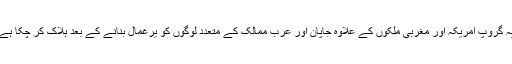
یہ گروپ امریکہ اور مغربی ملکوں کے علاوہ جاپان اور عرب ممالک کے متعدد لوگوں کو یرغمال بنانے کے بعد ہلاک کر چکا ہے۔